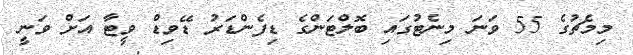
މިމެޗުގެ 55 ވަނަ މިނެޓުގައި ބޮލްޓަންގެ ޑިފެންޑަރު ޑޭވިޑް ވީޓާ އަށް ވަނީ